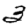
Digit: 3